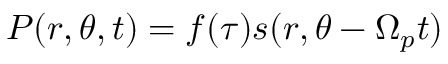
P ( r , \theta , t ) = f ( \tau ) s ( r , \theta - \Omega _ { p } t )